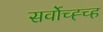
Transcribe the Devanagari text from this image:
सर्वोच्ह्च्ह